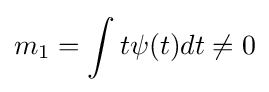
m_{1}=\int t\psi (t)dt\neq 0